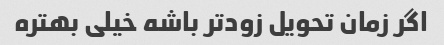
اگر زمان تحویل زودتر باشه خیلی بهتره